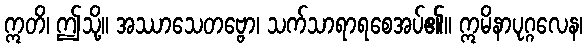
ဣတိ၊ ဤသို့။ အဿာသေတဗ္ဗော၊ သက်သာရာရစေအပ်၏။ ဣမိနာပုဂ္ဂလေန၊